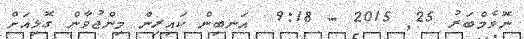
ނޮވެމްބަރު 25